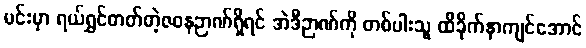
မင်းမှာ ရယ်ရွှင်တတ်တဲ့ဇဝနဉာဏ်ရှိရင် အဲဒီဉာဏ်ကို တစ်ပါးသူ ထိခိုက်နာကျင်အောင်